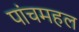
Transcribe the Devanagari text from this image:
पांचमहल